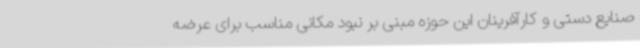
صنایع دستی و کارآفرینان این حوزه مبنی بر نبود مکانی مناسب برای عرضه